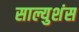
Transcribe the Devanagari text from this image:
साल्युशंस